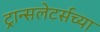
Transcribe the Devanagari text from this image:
ट्रान्सलेटर्सच्या